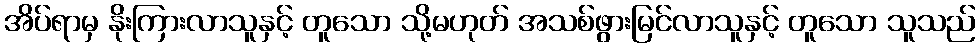
အိပ်ရာမှ နိုးကြားလာသူနှင့် တူသော သို့မဟုတ် အသစ်ဖွားမြင်လာသူနှင့် တူသော သူသည်